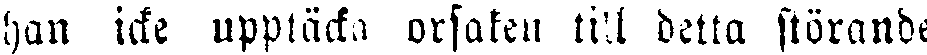
han icke upptäcka orsaken till detta störande